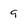
Character: 9